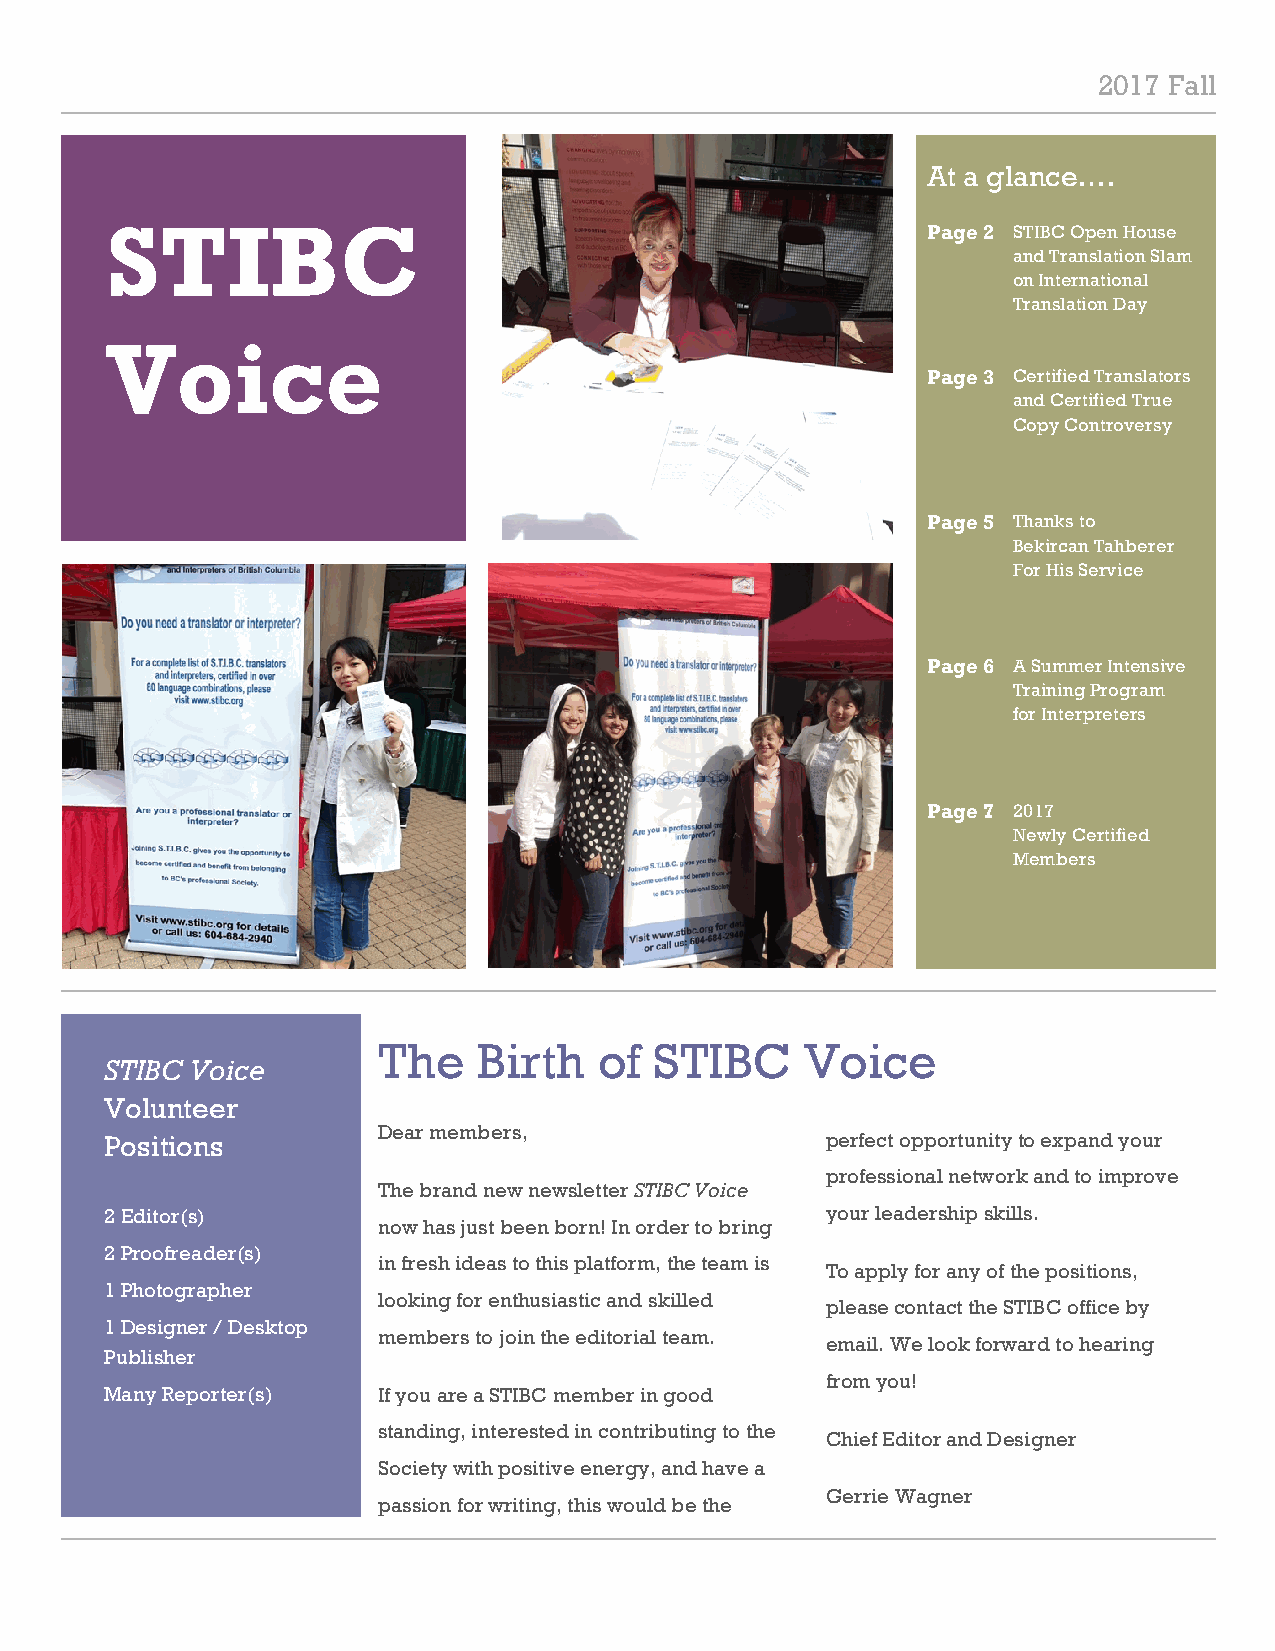
12
 2017 Fall
 At a glance….
 STIBC                                                 Page 2 STIBC Open House
 and Translation Slam
 on International
 Translation Day
 Voice
 Page 3 Certified Translators
 and Certified True
 Copy Controversy
 Page 5 Thanks to
 Bekircan Tahberer
 For His Service
 Page 6 A Summer Intensive
 Training Program
 for Interpreters
 Page 7 2017
 Newly Certified
 Members
 The    Birth   of STIBC     Voice
 STIBC Voice
 Volunteer
 Dear members,
 Positions                                       perfect opportunity to expand your
 professional network and to improve
 The brand new newsletter STIBC Voice
 2 Editor(s)                                     your leadership skills.
 now has just been born! In order to bring
 2 Proofreader(s)
 in fresh ideas to this platform, the team is
 To apply for any of the positions,
 1 Photographer
 looking for enthusiastic and skilled
 please contact the STIBC office by
 1 Designer / Desktop
 members to join the editorial team.
 email. We look forward to hearing
 Publisher
 from you!
 Many Reporter(s)  If you are a STIBC member in good
 standing, interested in contributing to the
 Chief Editor and Designer
 Society with positive energy, and have a
 Gerrie Wagner
 passion for writing, this would be the